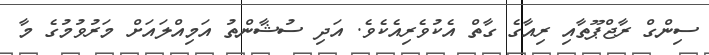
ސިންގް ރާޖްޕޫތާއި ރިއާގެ ގާތް އެކުވެރިއެކެވެ. އަދި ސުޝާންތު އަމިއްލައަށް މަރުވުމުގެ މާ